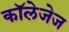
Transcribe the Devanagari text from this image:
कॉलेजेज